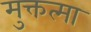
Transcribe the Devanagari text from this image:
मुक्तत्मा